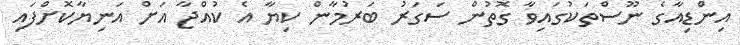
އިންޑިއާގެ ނޫސްތަކުގައިވާ ގޮތުން ސަގަރު ބަރުމާން ކިޔާ އެ ކުއްޖާ އަށް އަނިޔާކޮށްފައި